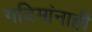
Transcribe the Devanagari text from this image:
गदिमांनाही